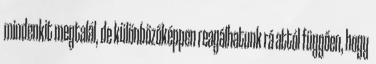
mindenkit megtalál, de különbözőképpen reagálhatunk rá attól függően, hogy